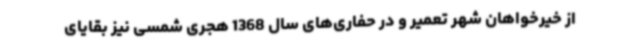
از خیرخواهان شهر تعمیر و در حفاری‌های سال 1368 هجری شمسی نیز بقایای